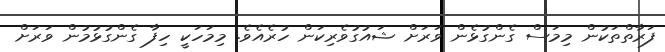
ފަރާތްތަކުން މިމަސް ގެންގުޅެން ވަރަށް ޝައުގުވެރިކަން ހުރެއެވެ. މިމަހަކީ ހިފާ ގެންގުޅުމުން ވަރަށް